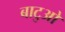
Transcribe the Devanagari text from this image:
बाटुओ